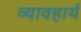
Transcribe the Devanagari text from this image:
व्यावहार्य